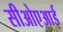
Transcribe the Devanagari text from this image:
सीओएआई